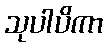
သုပါပိကာ